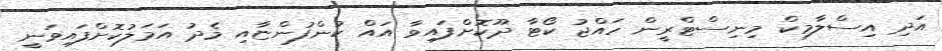
އަދި އިސްލާމިކް މިނިސްޓްރީން ހައްޖު ކޯޓާ ދޫކޮށްފައިވާ އައް ކުންފުންޏާއި މެދު އަމަލުކޮށްފައިވަނީ